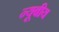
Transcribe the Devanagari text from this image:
न्यूबीय